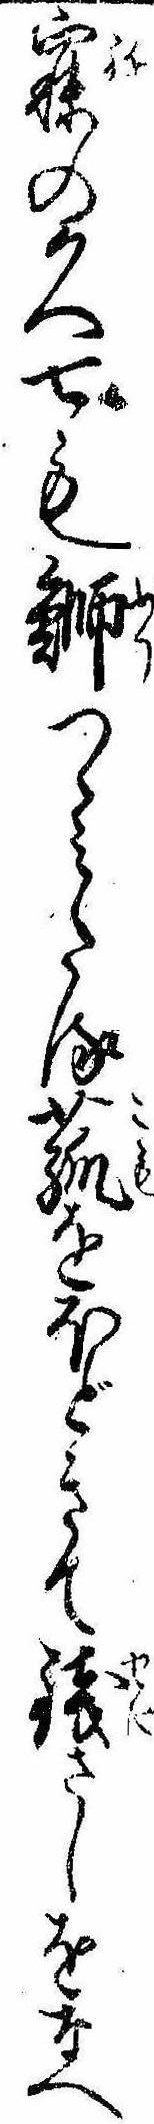
寐の久七も鰤つゝみたる菰をほどきて銭さしをなへ